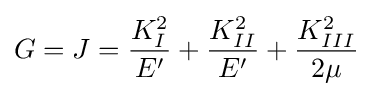
G=J={\frac {K_{I}^{2}}{E'}}+{\frac {K_{II}^{2}}{E'}}+{\frac {K_{III}^{2}}{2\mu }}